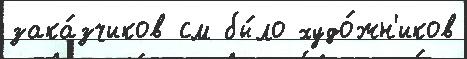
зака́зчиков см бы́ло худо́жн'иков